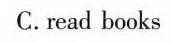
C.read books